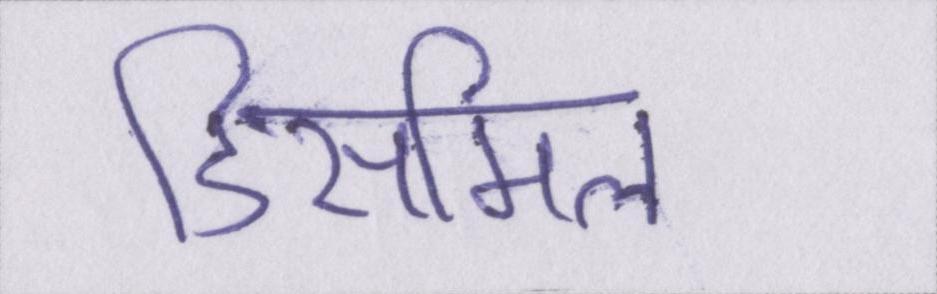
डिसमिल